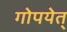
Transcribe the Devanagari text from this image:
गोपयेत्